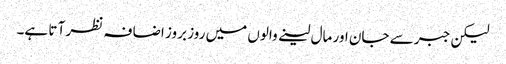
لیکن جبر سے جان اور مال لینے والوں میں روز بروز اضا فہ نظر آ تا ہے۔